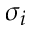
\sigma _ { i }